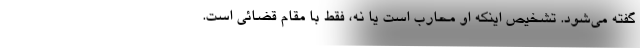
گفته می‌شود. تشخیص اینکه او محارب است یا نه، فقط با مقام قضائی است‌.